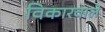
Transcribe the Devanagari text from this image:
विकारवाले